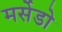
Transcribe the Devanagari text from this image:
मर्सेडो